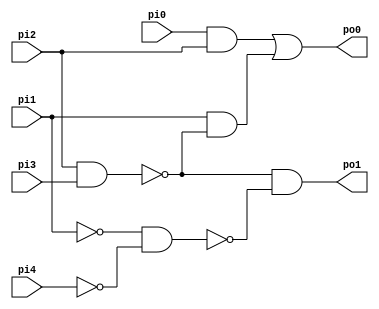
// Benchmark "top" written by ABC on Fri Sep  4 10:02:12 2020

module top  (
    pi0, pi1, pi2, pi3, pi4,
    po0, po1  );
  input  pi0, pi1, pi2, pi3, pi4;
  output po0, po1;
  wire new_n8_, new_n9_, new_n10_, new_n12_;
  assign new_n8_ = pi0 & pi2;
  assign new_n9_ = pi2 & pi3;
  assign new_n10_ = pi1 & ~new_n9_;
  assign po0 = new_n8_ | new_n10_;
  assign new_n12_ = ~pi1 & ~pi4;
  assign po1 = ~new_n9_ & ~new_n12_;
endmodule